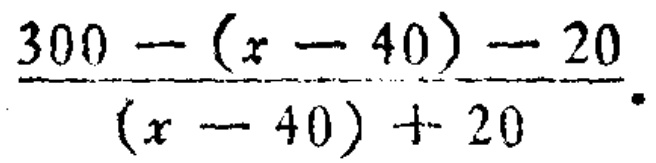
\(\frac{300 - (x - 40) - 20}{(x - 40) + 20}\)